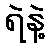
ရဲနဲ့